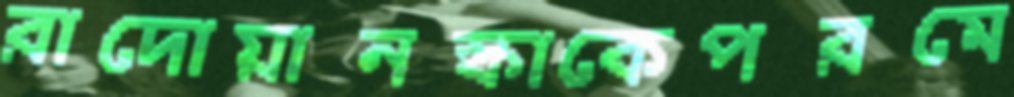
রাদোয়ানস্কাকেপরমে